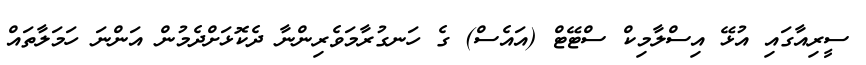
ސީރިއާގައި އުޅޭ އިސްލާމިކް ސްޓޭޓް (އައެސް) ގެ ހަނގުރާމަވެރިންނާ ދެކޮޅަށްދެމުން އަންނަ ހަމަލާތައް